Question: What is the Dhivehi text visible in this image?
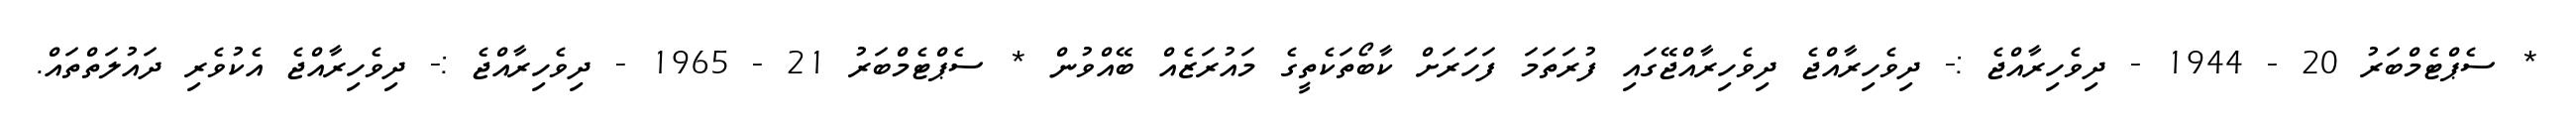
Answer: * ސެޕްޓެމްބަރު 20 - 1944 - ދިވެހިރާއްޖެ :- ދިވެހިރާއްޖެ ދިވެހިރާއްޖޭގައި ފުރަތަމަ ފަހަރަށް ކާބޯތަކެތީގެ މައުރަޒެއް ބޭއްވުން * ސެޕްޓެމްބަރު 21 - 1965 - ދިވެހިރާއްޖެ :- ދިވެހިރާއްޖެ އެކުވެރި ދައުލަތްތައް.